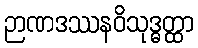
ဉာဏဒဿနဝိသုဒ္ဓတ္ထာ